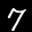
Label: 7